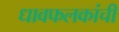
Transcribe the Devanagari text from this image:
धावफलकांची